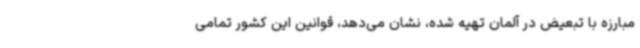
مبارزه با تبعیض در آلمان تهیه شده، نشان می‌دهد، قوانین این کشور تمامی